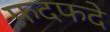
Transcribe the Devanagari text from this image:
फदफदे